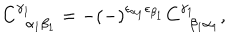
C _ { \; \; \alpha _ { 1 } \beta _ { 1 } } ^ { \gamma _ { 1 } } = - \left( - \right) ^ { \epsilon _ { \alpha _ { 1 } } \epsilon _ { \beta _ { 1 } } } C _ { \; \; \beta _ { 1 } \alpha _ { 1 } } ^ { \gamma _ { 1 } } ,